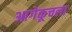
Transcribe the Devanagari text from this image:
आगेकूचला